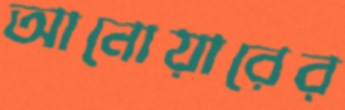
আনোয়ারের